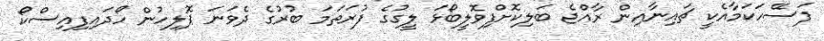
ފަސޭހަކަމާއެކީ ޗައިނާއިން ރާއްޖެ ބަލިކޮށްފިވޮލީބޯޅަ ލީގުގެ ފުރަތަމަ ބުރުގެ ދެވަނަ ޕޮލިހުން ހޯދައިފިއިސްކޯ